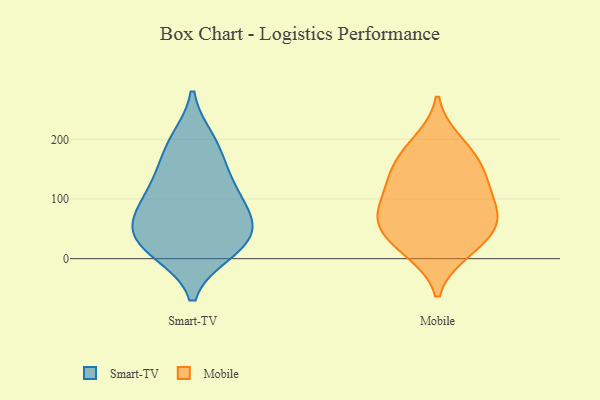
{"axis": {"x": "Page Views", "y": "Value"}, "legend": ["Mobile", "Smart-TV"], "data": [{"x": "", "y": 134, "type": "Smart-TV"}, {"x": "", "y": 42, "type": "Smart-TV"}, {"x": "", "y": 16, "type": "Smart-TV"}, {"x": "", "y": 67, "type": "Smart-TV"}, {"x": "", "y": 198, "type": "Smart-TV"}, {"x": "", "y": 12, "type": "Smart-TV"}, {"x": "", "y": 133, "type": "Smart-TV"}, {"x": "", "y": 53, "type": "Smart-TV"}, {"x": "", "y": 94, "type": "Smart-TV"}, {"x": "", "y": 26, "type": "Smart-TV"}, {"x": "", "y": 85, "type": "Smart-TV"}, {"x": "", "y": 186, "type": "Smart-TV"}, {"x": "", "y": 197, "type": "Mobile"}, {"x": "", "y": 13, "type": "Mobile"}, {"x": "", "y": 138, "type": "Mobile"}, {"x": "", "y": 152, "type": "Mobile"}, {"x": "", "y": 112, "type": "Mobile"}, {"x": "", "y": 183, "type": "Mobile"}, {"x": "", "y": 143, "type": "Mobile"}, {"x": "", "y": 48, "type": "Mobile"}, {"x": "", "y": 56, "type": "Mobile"}, {"x": "", "y": 91, "type": "Mobile"}, {"x": "", "y": 11, "type": "Mobile"}, {"x": "", "y": 70, "type": "Mobile"}, {"x": "", "y": 84, "type": "Mobile"}, {"x": "", "y": 49, "type": "Mobile"}]}